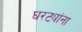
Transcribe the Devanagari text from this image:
घरट्यांना